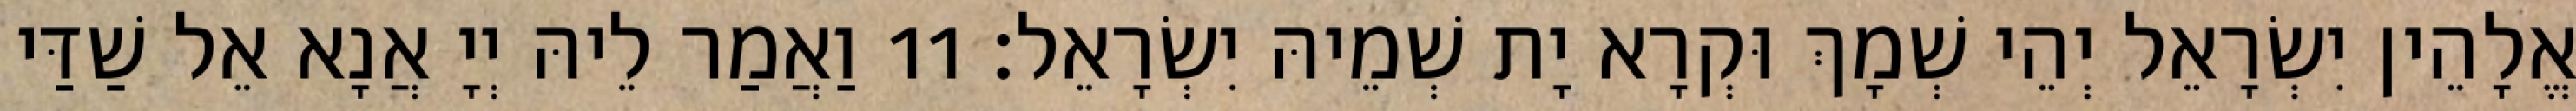
אֱלָהֵין יִשְׂרָאֵל יְהֵי שְׁמָךְ וּקְרָא יָת שְׁמֵיהּ יִשְׂרָאֵל׃ 11 וַאֲמַר לֵיהּ יְיָ אֲנָא אֵל שַׁדַּי